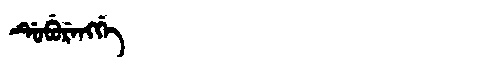
Manchu: ᡩᡠᠪᡠᡵᡝᠩᡤᡝ
Romanization: DUBURENGGE